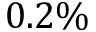
0 . 2 \%